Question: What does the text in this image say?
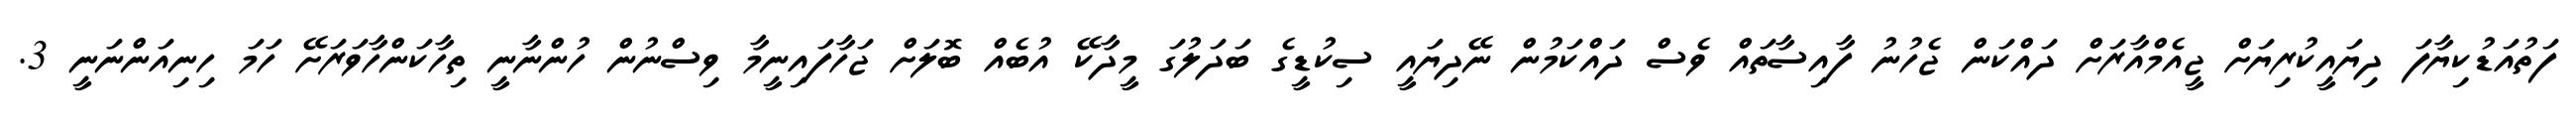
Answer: ފަތުއަޑުކިޔާފަ ދިޔައީކުރިޔަށް ޖީއެމްއާރަށް ދައްކަން ޖެހުނު ފާއިސާތައް ވެސް ދައްކަމުން ނޭދިޔައީ ސިކުޑީގެ ބަދަލުގަ މީދާކޭ އުބެއް ބޮލަށް ޖަހާފައިނީމާ ވިސްނުން ހުންނާނީ ތިހާކަންހާވަރަށޭ ހަމަ ހިނިއަންނަނީ 3.